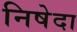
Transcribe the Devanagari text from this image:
निषेदा